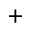
^ +